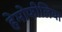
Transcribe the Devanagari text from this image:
हेमोफीलिया